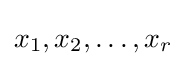
x_{1},x_{2},\dots ,x_{r}